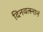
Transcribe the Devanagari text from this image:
दिनवत्स्नानं